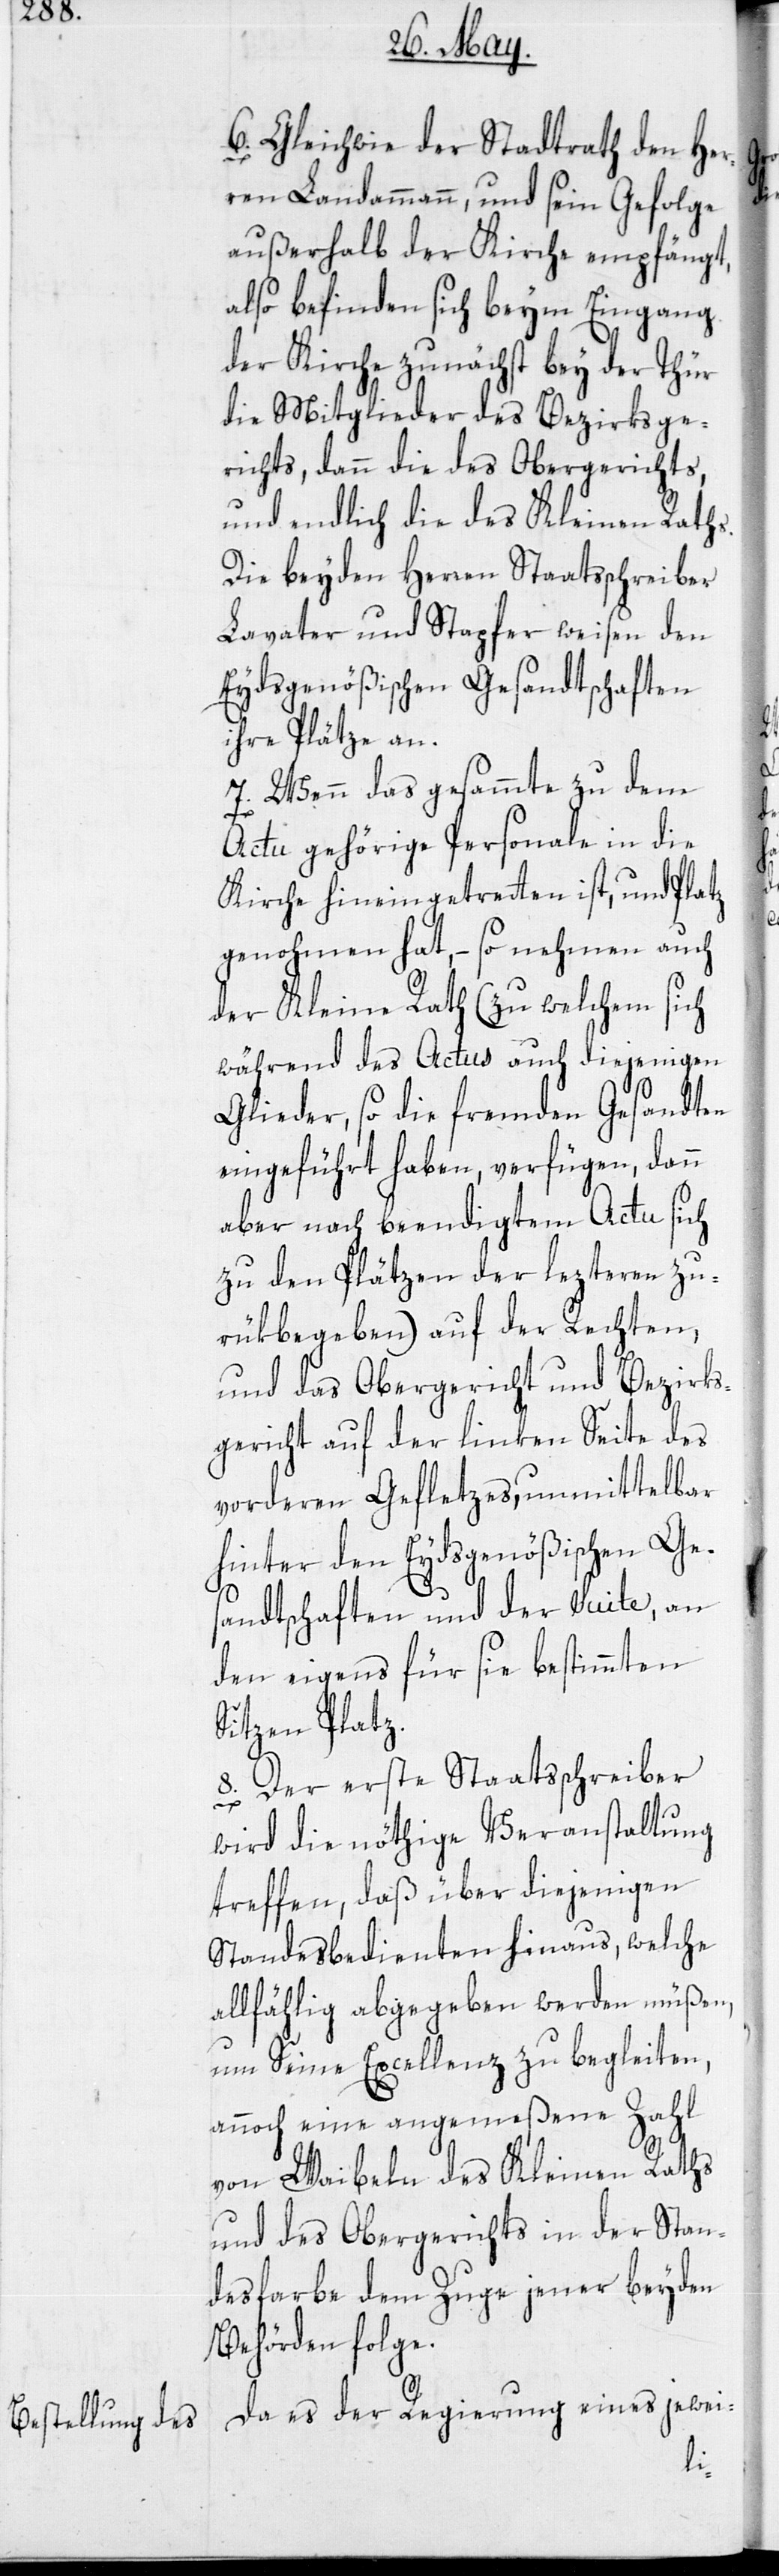
6.) Gleichwie der Stadtrath den Her¬
ren Landammann, und sein Gefolge
außerhalb der Kirche empfängt,
also befinden sich beym Eingang
der Kirche zunächst bey der Thür
die Mitglieder des Bezirksge¬
richts, dann die des Obergerichts,
und endlich die des Kleinen Raths.
Die beyden Herren Staatsschreiber
Lavater und Stapfer weisen den
Eydsgenößischen Gesandtschaften
ihre Plätze an.
7.) Wenn das gesammte zu dem
Actu gehörige Personale in die
Kirche hineingetretten ist, und Platz
genohmen hat, – so nehmen auch
der Kleine Rath (zu welchem sich
während des Actus auch diejenigen
Glieder, so die fremden Gesandten
eingeführt haben, verfügen, dann
aber nach beendigtem Actu sich
zu den Plätzen der lezteren zu¬
rükbegeben) auf der Rechten,
und das Obergericht und Bezirks¬
gericht auf der linken Seite des
vorderen Gefletzes, unmittelbar
hinter den Eydsgenößischen Ge¬
sandtschaften und der Suite, an
den eigens für sie bestimmten
Sitzen Platz.
8.) Der erste Staatsschreiber
wird die nöthige Veranstaltung
treffen, daß über diejenigen
Standesbedienten hinaus, welche
allfählig abgegeben werden müßen,
um Seine Excellenz zu begleiten,
annoch eine angemeßene Zahl
von Waibeln des Kleinen Raths
und des Obergerichts in der Stan¬
desfarbe dem Zuge jener beyden
Behörden folge.
Da es der Regierung eines jewei-